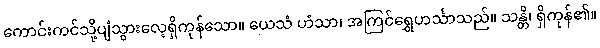
ကောင်းကင်သို့ပျံသွားလေ့ရှိကုန်သော။ ယေသံ ဟံသာ၊ အကြင်ရွှေဟင်္သာသည်။ သန္တိ၊ ရှိကုန်၏။